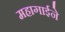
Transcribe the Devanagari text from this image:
महागाईने